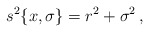
\begin{align*}s^2\{x,\sigma\}=r^2+\sigma^2\, ,\end{align*}